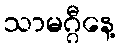
သာမဂ္ဂီနေ့